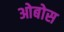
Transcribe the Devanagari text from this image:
ओबोस